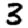
Digit: 3